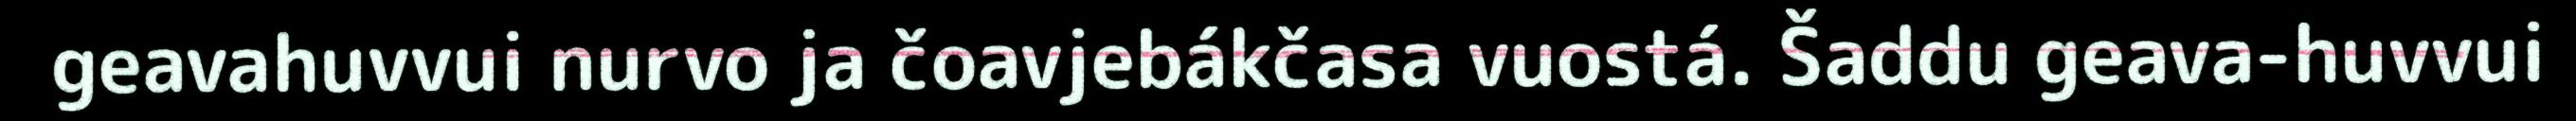
geavahuvvui nurvo ja čoavjebákčasa vuostá. Šaddu geava-huvvui